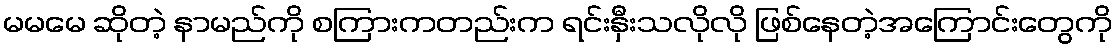
မမမေ ဆိုတဲ့ နာမည်ကို စကြားကတည်းက ရင်းနှီးသလိုလို ဖြစ်နေတဲ့အကြောင်းတွေကို